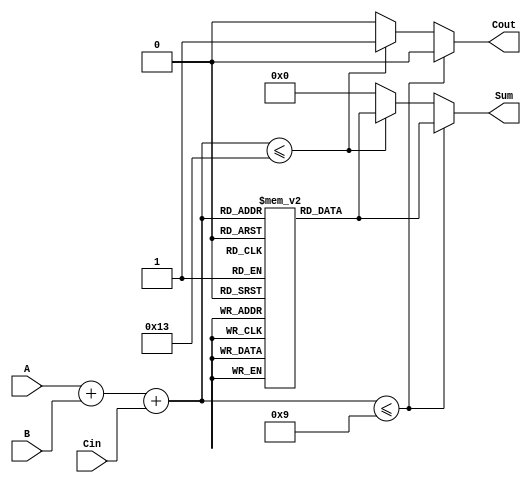
module BCD_LUT_Adder (
    input  wire [3:0] A,    // First BCD operand
    input  wire [3:0] B,    // Second BCD operand
    input  wire Cin,        // Carry input
    output reg  [3:0] Sum,  // BCD sum output
    output reg  Cout        // Carry output
);

    // Intermediate sum (5 bits to accommodate possible values of A + B + Cin)
    wire [4:0] temp_sum;
    
    // Calculate intermediate sum
    assign temp_sum = A + B + Cin;
    
    // Look-Up Table for BCD correction; we need 20 entries (0-19)
    reg [3:0] LUT [0:19];

    // Initialize the lookup table with appropriate values
    initial begin
        // LUT[0] to LUT[9]: exact values for valid BCD sums
        LUT[0]  = 4'b0000;  // 0
        LUT[1]  = 4'b0001;  // 1
        LUT[2]  = 4'b0010;  // 2
        LUT[3]  = 4'b0011;  // 3
        LUT[4]  = 4'b0100;  // 4
        LUT[5]  = 4'b0101;  // 5
        LUT[6]  = 4'b0110;  // 6
        LUT[7]  = 4'b0111;  // 7
        LUT[8]  = 4'b1000;  // 8
        LUT[9]  = 4'b1001;  // 9
        // LUT[10] to LUT[19]: correction by adding 6 (0110)
        LUT[10] = 4'b0000 + 4'b0110;  // 10 -> 0 + 6 = 6 (Cout = 1)
        LUT[11] = 4'b0001 + 4'b0110;  // 11 -> 1 + 6 = 7
        LUT[12] = 4'b0010 + 4'b0110;  // 12 -> 2 + 6 = 8
        LUT[13] = 4'b0011 + 4'b0110;  // 13 -> 3 + 6 = 9
        LUT[14] = 4'b0100 + 4'b0110;  // 14 -> 4 + 6 = 10 (Cout = 1)
        LUT[15] = 4'b0101 + 4'b0110;  // 15 -> 5 + 6 = 11
        LUT[16] = 4'b0110 + 4'b0110;  // 16 -> 6 + 6 = 12
        LUT[17] = 4'b0111 + 4'b0110;  // 17 -> 7 + 6 = 13
        LUT[18] = 4'b1000 + 4'b0110;  // 18 -> 8 + 6 = 14
        LUT[19] = 4'b1001 + 4'b0110;  // 19 -> 9 + 6 = 15
    end

    always @(*) begin
        // Default outputs
        Sum = 4'b0000;
        Cout = 1'b0;

        // Look-up table access
        if (temp_sum <= 5'd9) begin
            Sum = LUT[temp_sum];  // Directly assign the sum for valid BCD
            Cout = 1'b0;          // No carry
        end else if (temp_sum <= 5'd19) begin
            Sum = LUT[temp_sum];  // Assign corrected sum for overflow (invalid BCD)
            Cout = 1'b1;          // Set carry output
        end
    end

endmodule